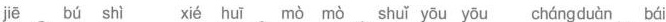
jiē bú shì xié huī mò mò shuǐ yōu yōu chángduàn bái